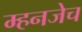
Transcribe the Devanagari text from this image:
म्हनजेच